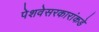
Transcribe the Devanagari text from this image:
पेशवेसरकारांकडे